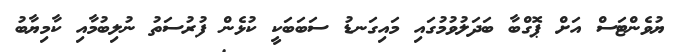
ޔުވެންޓަސް އަށް ޕޮގްބާ ބަދަލުވުމުގައި މައިގަނޑު ސަބަބަކީ ކުޅެން ފުރުސަތު ނުލިބުމާއި ކާމިޔާބު